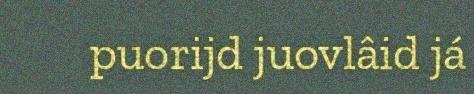
puorijd juovlâid já